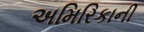
અમિરિકાની